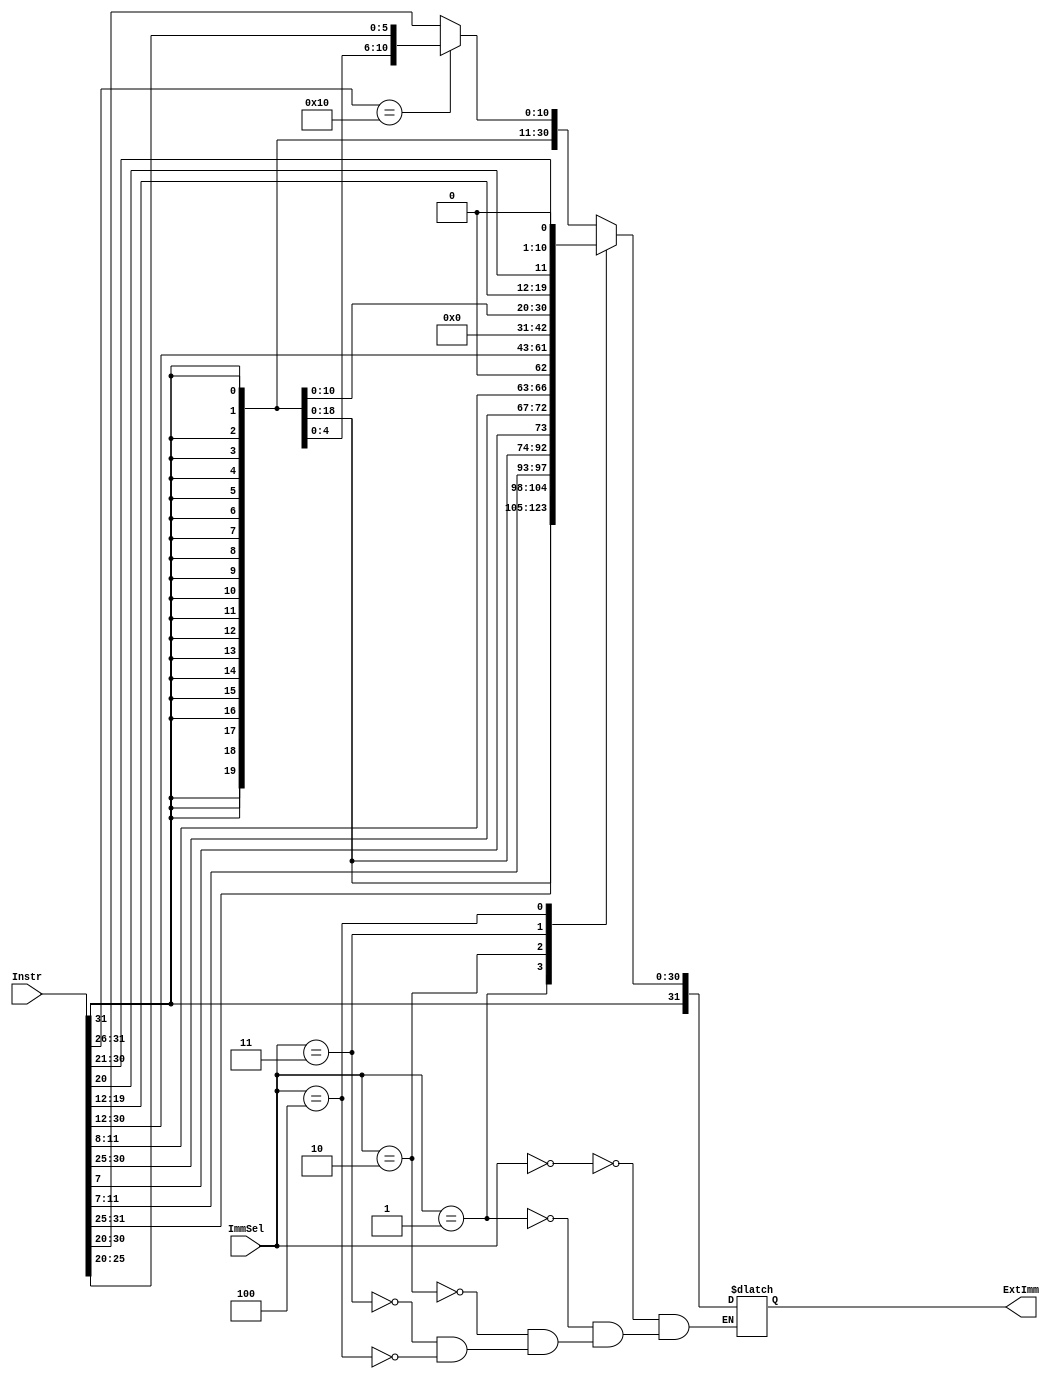
`timescale 1ns / 1ps
//////////////////////////////////////////////////////////////////////////////////
// Company: MT-7003
//
// Design Name:
// Module Name:    IMM_Gen
// Project Name: RISC-V-ISA
// Target Devices:
// Tool versions:
// Description: Extensin y orden del inmediato
//
// Dependencies:
//
// Revision:
// Revision 0.01 - File Created
// Additional Comments:
//
//////////////////////////////////////////////////////////////////////////////////

module Imm_Gen(
  input [31:0] Instr,
  input [2:0] ImmSel, //FROM CU
  output reg [31:0] ExtImm); //Inmediato extendido y acomodado a 32 bits


always @(*) begin
  case (ImmSel)
    3'b000 : begin
		if (Instr[31:26] == 6'b010000) ExtImm={ {30{Instr[31]}}, Instr[25:20] }; //srai, el imm sin el 1 del bit 30
		else ExtImm={ {21{Instr[31]}}, Instr[30:20] }; //Instruccion tipo I
	 end
    3'b001 : ExtImm={ {21{Instr[31]}}, Instr[30:25], Instr[11:7] }; // Instruccion tipo S
    3'b010 : ExtImm={ {20{Instr[31]}}, Instr[7], Instr[30:25], Instr[11:8], 1'b0 }; //Instruccion tipo B
    3'b011 : ExtImm={ Instr[31:12], 12'b0 }; //Instruccion tipo U
    3'b100 : ExtImm={ {12{Instr[31]}}, Instr[19:12], Instr[20], Instr[30:21], 1'b0 }; //Instruccion tipo J
  endcase
end

endmodule